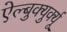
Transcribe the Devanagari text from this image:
ऐल्बुक्युर्क्यू